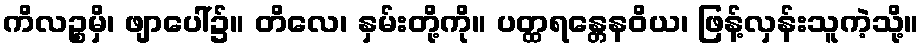
ကိလဉ္စမှိ၊ ဖျာပေါ်၌။ တိလေ၊ နှမ်းတို့ကို။ ပတ္ထရန္တေနဝိယ၊ ဖြန့်လှန်းသူကဲ့သို့။